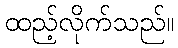
ထည့်လိုက်သည်။